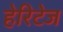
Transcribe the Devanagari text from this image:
हेरिटेज